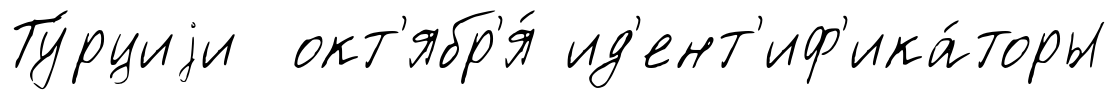
Ту́рциjи окт'ябр'я́ ид'ент'иф'ика́торы